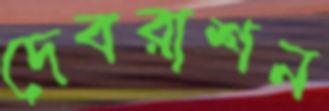
দেবরাশন